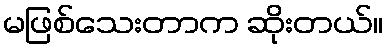
မဖြစ်သေးတာက ဆိုးတယ်။